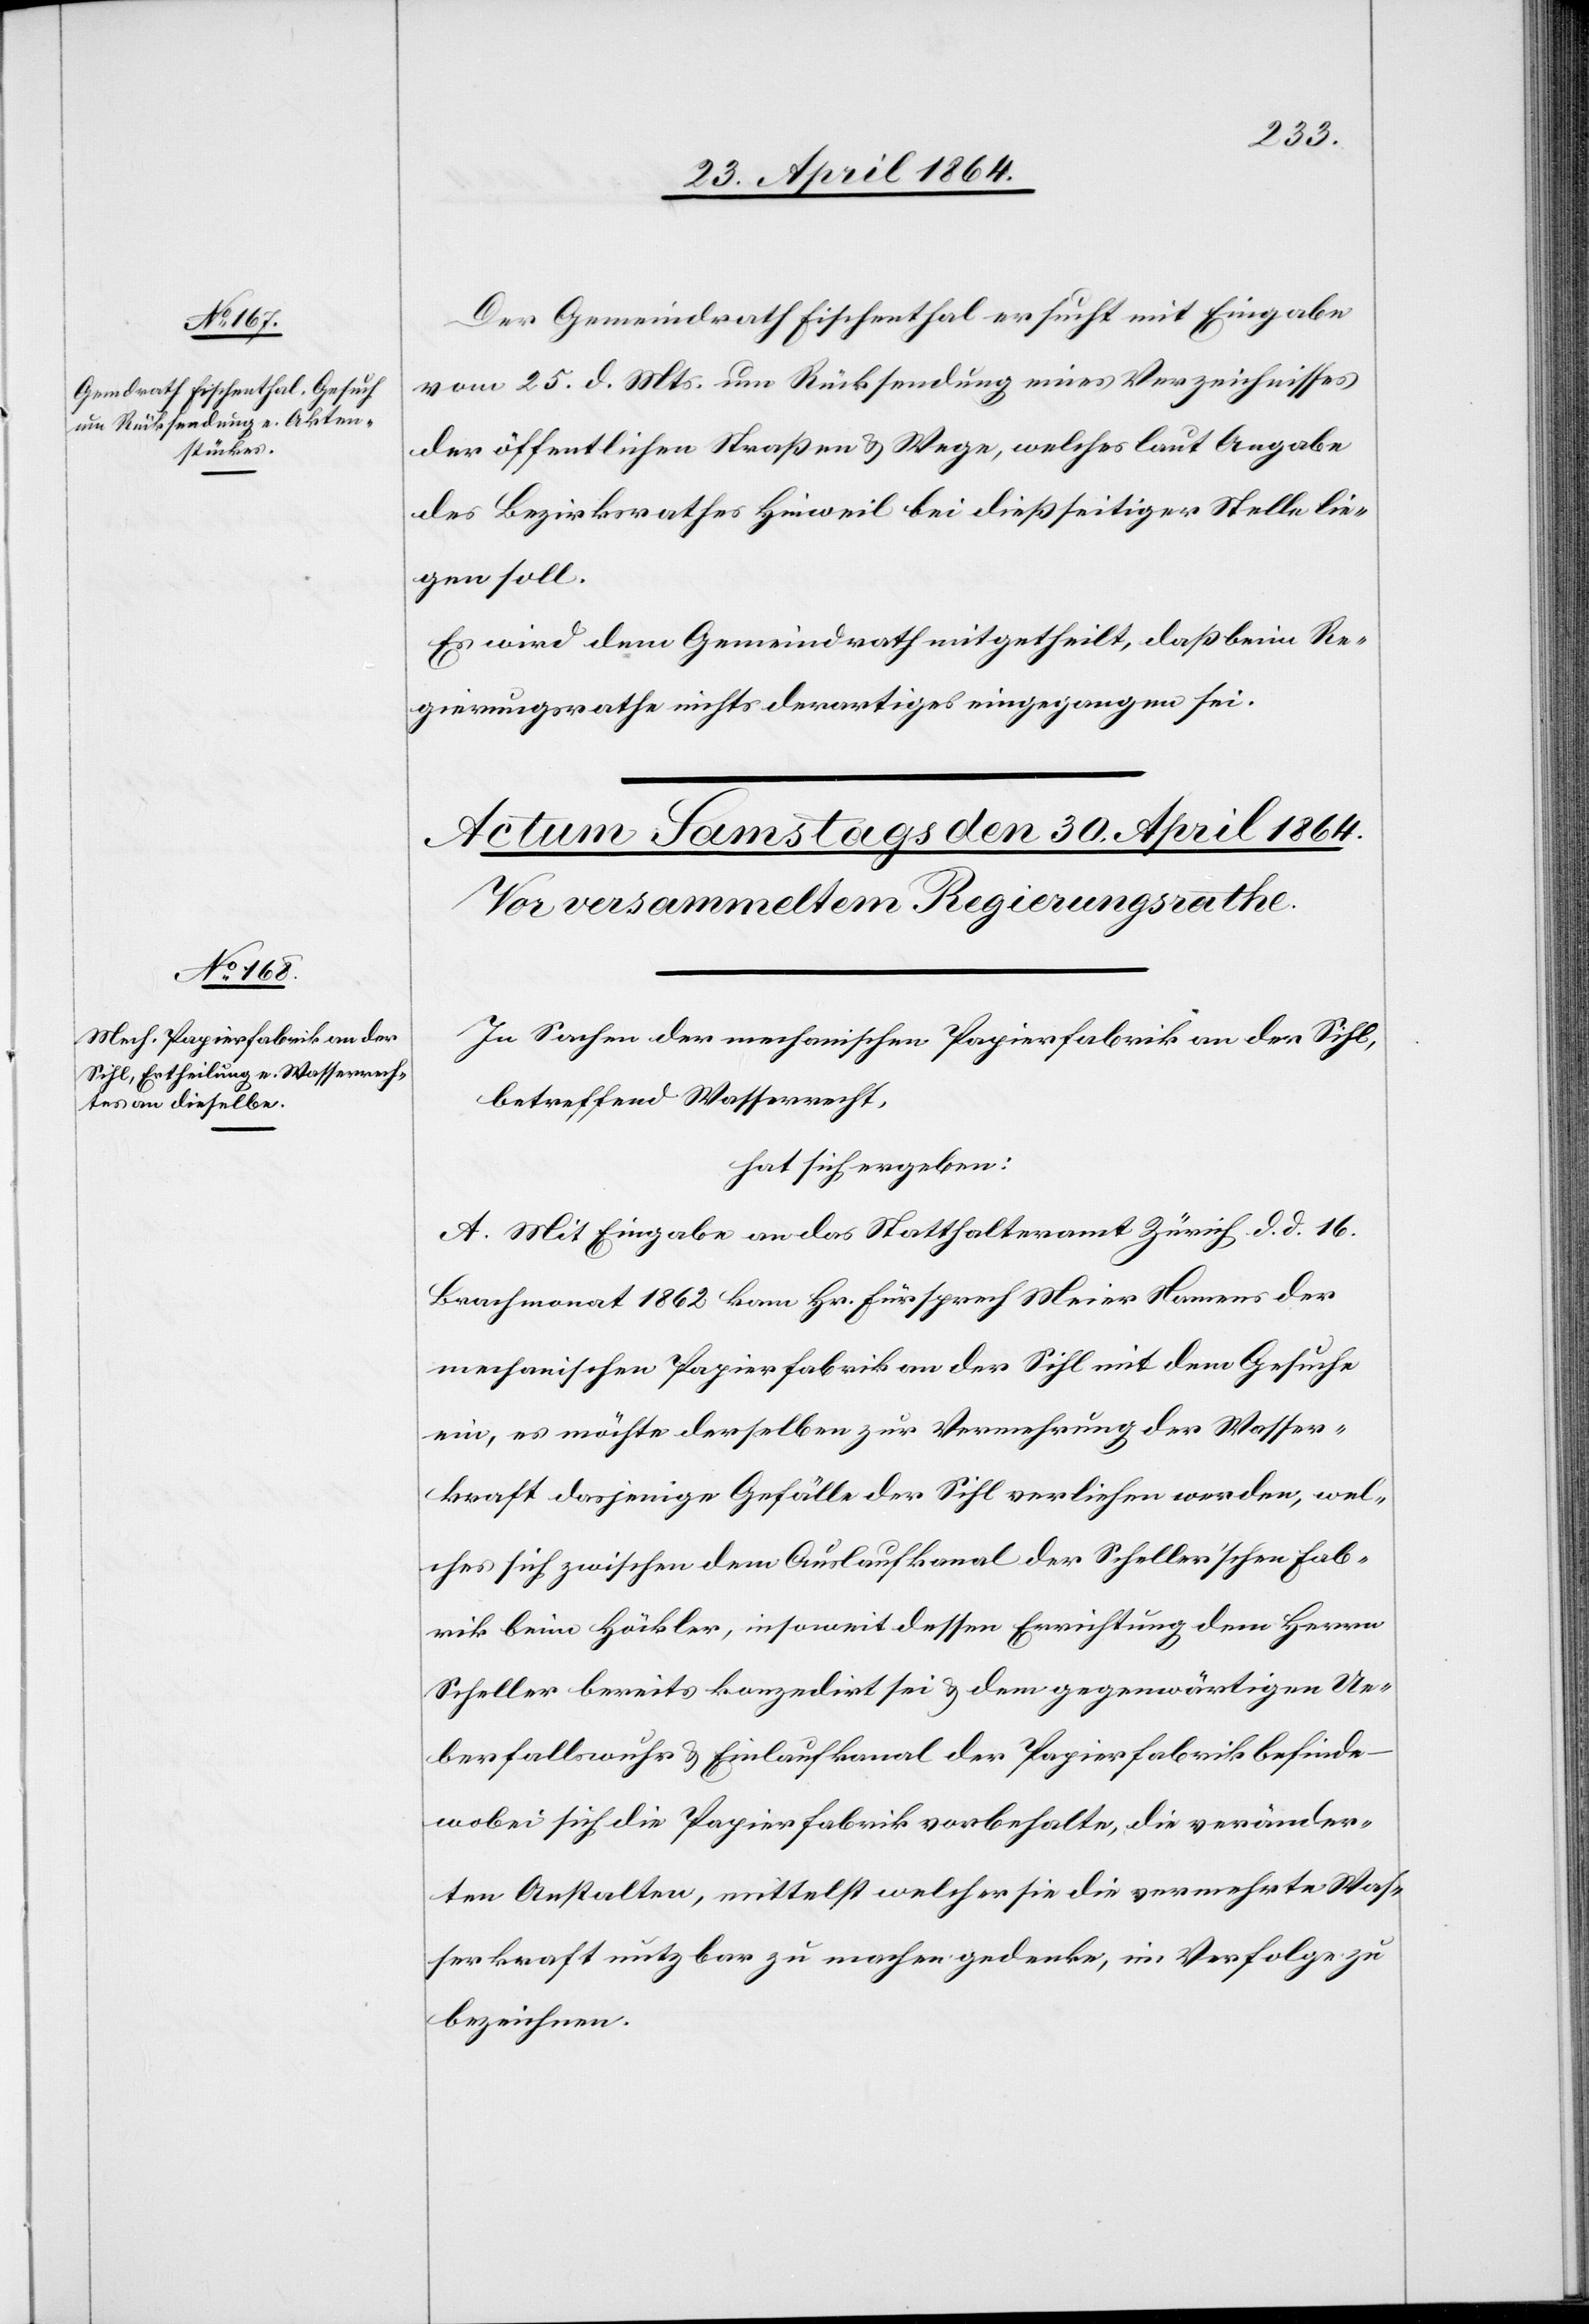
28. April 1864.]
Der Gemeindrath Fischenthal ersucht mit Eingabe
vom 25. d. Mts. um Rücksendung eines Verzeichnisses
der öffentlichen Straßen u. Wege, welches laut Angabe
des Bezirksrathes Hinweil bei dießseitiger Stelle lie¬
gen soll.
Es wird dem Gemeindrath mitgetheilt, daß beim Re¬
gierungsrathe nichts derartiges eingegangen sei.
In Sachen der mechanischen Papierfabrik an der Sihl,
betreffend Wasserrecht,
hat sich ergeben:
A. Mit Eingabe an das Statthalteramt Zürich d. d. 16.
Brachmonat 1862 kam Hr. Fürsprech Meier Namens der
mechanischen Papierfabrik an der Sihl mit dem Gesuche
ein, es möchte derselben zur Vermehrung der Wasser¬
kraft dasjenige Gefälle der Sihl verliehen werden, wel¬
ches sich zwischen dem Auslaufkanal der Scheller’schen Fab¬
rik beim Höckler, insoweit dessen Errichtung dem Herrn
Scheller bereits korrespondirt sei u. dem gegenwärtigen Ue¬
berfallswuhr u. Einlaufkanal der Papierfabrik befinde
wobei sich die Papierfabrik vorbehalte, die veränder¬
ten Anstalten, mittelst welcher sie die vermehrte Was¬
serkraft nutzbar zu machen gedenke, im Verfolge zu
bezeichnen.